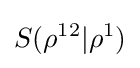
S(\rho ^{12}|\rho ^{1})